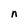
Character: n